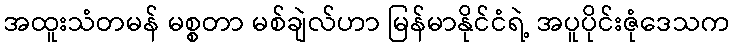
အထူးသံတမန် မစ္စတာ မစ်ချဲလ်ဟာ မြန်မာနိုင်ငံရဲ့ အပူပိုင်းဇုံဒေသက